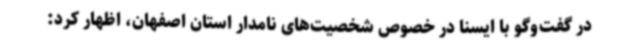
در گفت‌وگو با ایسنا در خصوص شخصیت‌های نامدار استان اصفهان، اظهار کرد: